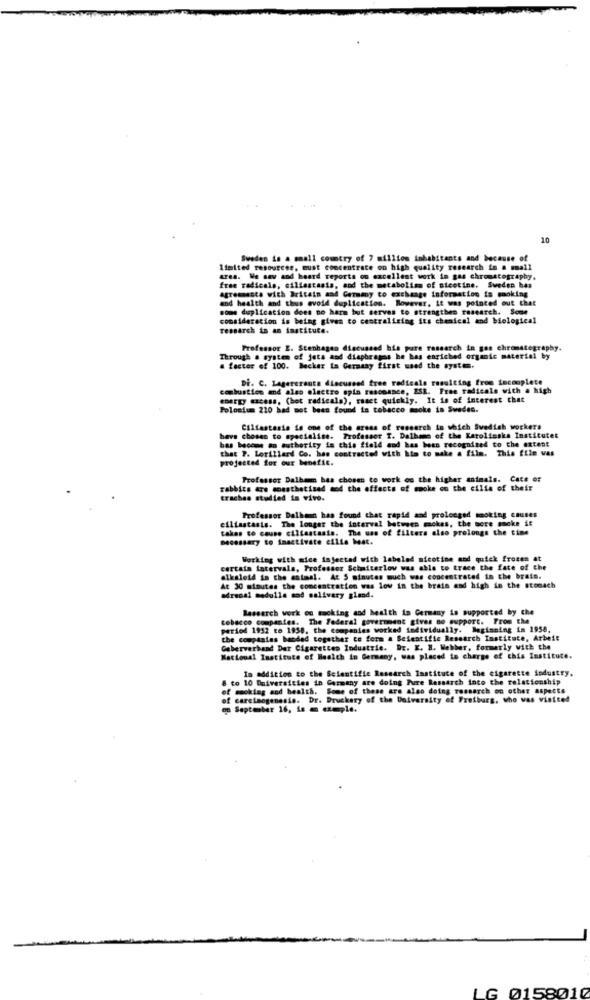
10
Sweden is a mall country of 7 million inhabitants and because of
limited resources, must concentrate on high quality research in a mall
area. We saw and heard reports on excellent work in gas chromatography,
free radicals, sillestasis, and the metabolism of nicotine. Sweden bas
agremmasta with Britain and Germany to exchange information is smoking
and health and thus avoid duplication. however, it was pointed out that
some duplication does no harm but serves to strengthen research. Some
consideration is being given to centralizing its chemical and biological
research in an institute.
Professor I. Stenhagen discussed his pure research in gas chromatography.
Through a system of jets and diaphragas he has enriched organic material by
a factor of 100. Becker La Germany first used the system.
Di. C. Lagererants discussed free radicals resulting from incomplete
combustion and also electro opin resonance, ESR. Free radicals with a high
energy excess, (hot radicala), ranet quickly. It is of interest that
Polonium 210 had mot bees found in tobacco moke in Sweden.
Cillastesis is one of the areas of research in which Swedish workers
bas become an authority in this field and has been recognized to the extent
have chosen to specialise. Professor I. Dalhome of the Karolinska Institutet
that P. Lorillard Co. has contracted with him to make a film. This file was
projected for our benefic.
Professor Dalbem has chosen to work on the higher animals. Cate or
rabbits are monsthatised mod the effects of smoke on the cilie of their
trachea studied in vivo.
ciliastasis. The longer the interval between mnokes, the more smoke it
Professor Dalhamn has found that rapid and prolonged smoking causes
takes to cause cilfantasia. The uan of filters also prolongs the cine
necessary to imactivate cilia hat.
Working with mice injected with labeled nicotine and quick frozen at
certain latervala, Professor Scimiterlow was able to trace the fate of the
alkaloid in the estasl. At 5 minutes much was concentrated in the brais.
At 30 minutes the concentration was low in the brain and high in the stomach
adrenal medulla mod salivary gland.
Research work ou mocking and health in Germany is supported by che
tobacco companies. The Federal government gives no support. From the
period 1952 to 1938, the companies worked individually. Beginning in 1958,
the companies banded together to form a Scientific Research Institute, Arbeit
Geberverhand Dat Cigarettes Industrie. Dr. X. X. Webber, formerly with the
National Institute of Health in Germany, was placed to charge of chis Institute.
In addition to the Scientific Research Institute of the cigarette industry,
8 to 10 Diversities in Germany are doing Pure Research into the relationship
of moking and health. Some of these are also doing research on other aspects
of carcinogenesis. Dr. Druckery of the University of Freiburg, who was visited
on September 16, is a exeple.
LG 0158010